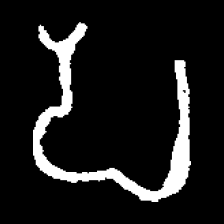
Pyu character \u2014 Myanmar letter: ပ (romanized: pa)